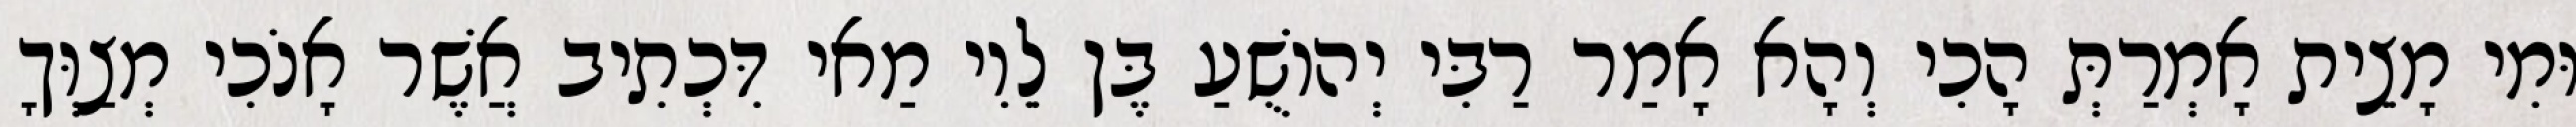
וּמִי מָצֵית אָמְרַתְּ הָכִי וְהָא אָמַר רַבִּי יְהוֹשֻׁעַ בֶּן לֵוִי מַאי דִּכְתִיב אֲשֶׁר אָנֹכִי מְצַוְּךָ